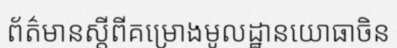
ព័ត៌មានស្តីពីគម្រោងមូលដ្ឋានយោធាចិន